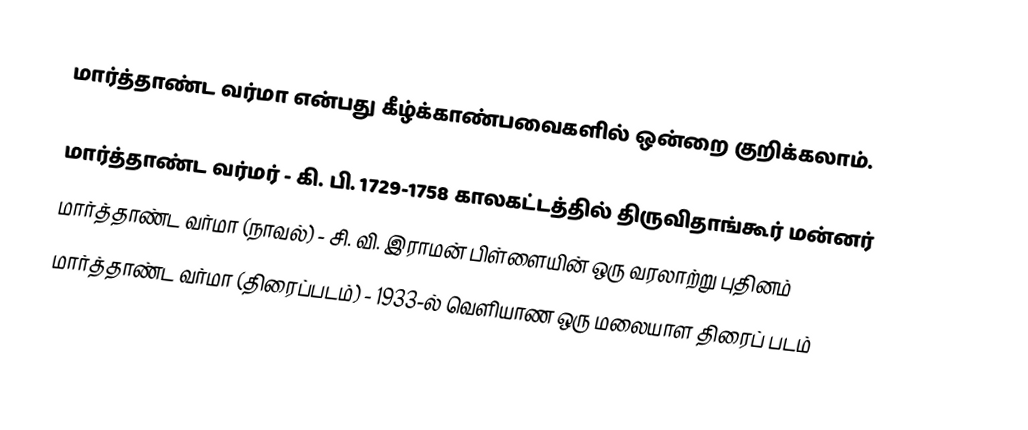
மார்த்தாண்ட வர்மா என்பது கீழ்க்காண்பவைகளில் ஒன்றை குறிக்கலாம்.

 மார்த்தாண்ட வர்மர் - கி. பி. 1729-1758 காலகட்டத்தில் திருவிதாங்கூர் மன்னர்
 மார்த்தாண்ட வர்மா (நாவல்) - சி. வி. இராமன் பிள்ளையின் ஒரு வரலாற்று புதினம்
 மார்த்தாண்ட வர்மா (திரைப்படம்) - 1933-ல் வெளியாண ஒரு மலையாள திரைப் படம்